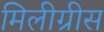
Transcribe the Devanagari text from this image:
मिलीग्रीस